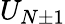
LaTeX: U_{N\pm 1}